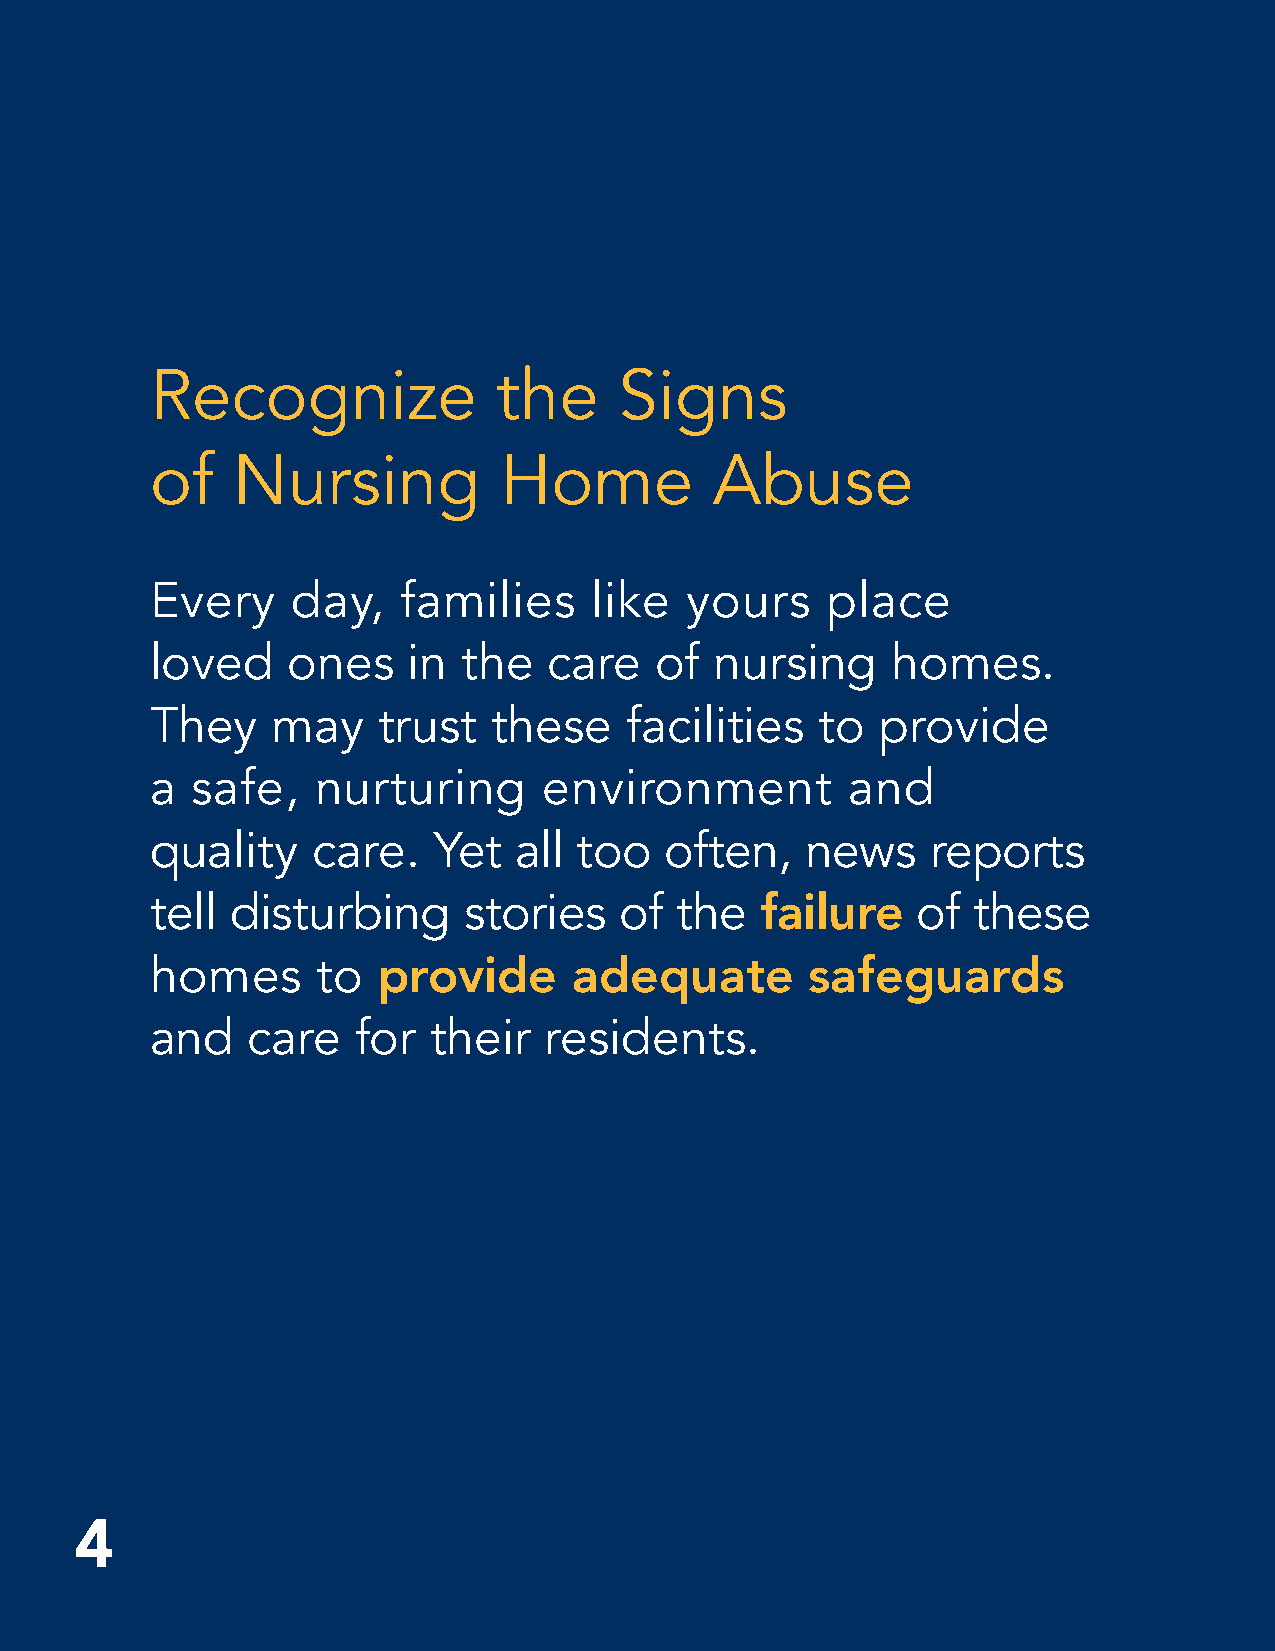
Recognize              the     Signs
 of   Nursing           Home          Abuse
 Every    day,    families    like  yours     place
 loved    ones    in  the  care   of  nursing     homes.
 They    may    trust   these    facilities  to  provide
 a  safe,   nurturing      environment         and
 quality    care.   Yet  all too   often,   news     reports
 tell disturbing      stories   of  the             of these
 failure
 homes      to
 provide      adequate        safeguards
 and   care    for  their  residents.
 4